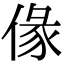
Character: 㑰